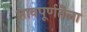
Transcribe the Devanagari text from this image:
भावपूर्णतेला